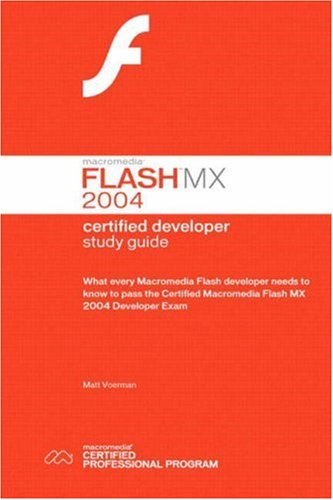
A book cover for Macromedia Flash MX 2004 Certified Developer Study Guide; Matt Voerman; Computers & Technology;